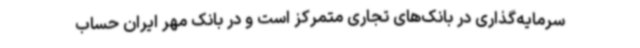
سرمایه‌گذاری در بانک‌های تجاری متمرکز است و در بانک مهر ایران حساب